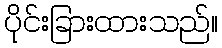
ပိုင်းခြားထားသည်။